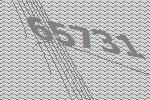
65731